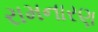
રામનારણ